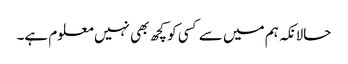
حالانکہ ہم میں سے کسی کو کچھ بھی نہیں معلوم ہے۔